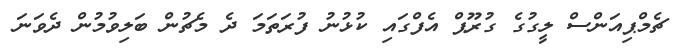
ޗެމްޕިއަންސް ލީގުގެ ގުރޫޕް އެފްގައި ކުޅުނު ފުރަތަމަ ދެ މެޗުން ބަލިވުމުން ދެވަނަ